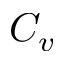
C _ { v }